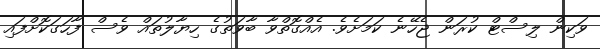
ވަކިން ލިސްޓް ކުރަން ޖެހޭނެ ކަމަށެވެ. އެއްގޮތްވާ ބާވަތުގެ ހިޔާލުތައް ވެސް ފާހަގަކޮށްފައި